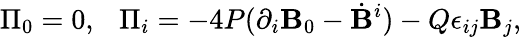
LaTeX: \Pi_{0}=0,~~~\Pi_{i}=-4P(\partial_{i}\mathbf{B}_{0}-\dot{{\mathbf{B}}}^{i})-Q\epsilon_{ij}\mathbf{B}_{j},